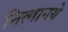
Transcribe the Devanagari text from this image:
नित्‍गानये